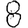
Digit: 8